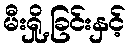
မီးရှို့ခြင်းနှင့်